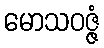
မောသဝဇ္ဇံ